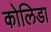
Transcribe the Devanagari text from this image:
कोलिडा